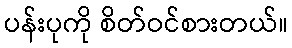
ပန်းပုကို စိတ်ဝင်စားတယ်။